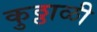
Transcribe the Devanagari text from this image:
कुठ्ठाळी